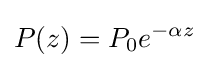
P(z)=P_{0}e^{-\alpha z}